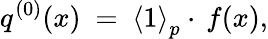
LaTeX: q^{(0)}(x)\ =\ {\langle 1\rangle}_{p}\cdot\, f(x),